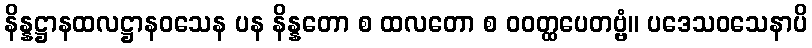
နိန္နဋ္ဌာနထလဋ္ဌာနဝသေန ပန နိန္နတော စ ထလတော စ ဝဝတ္ထပေတဗ္ဗံ။ ပဒေသဝသေနာပိ